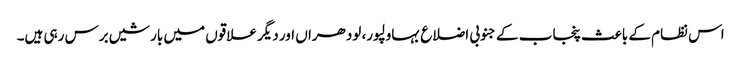
اس نظام کے باعث پنجاب کے جنوبی اضلاع بہاولپور، لودھراں اور دیگر علاقوں میں بارشیں برس رہی ہیں۔